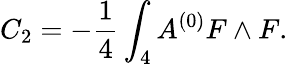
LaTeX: C_{2}=-{\frac{1}{4}}\int_{4}A^{(0)}F\wedge F.